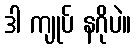
ဒါ ကျုပ် နဂိုပဲ။